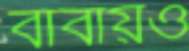
বাবায়ও